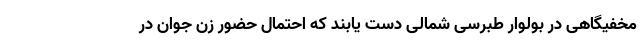
مخفیگاهی در بولوار طبرسی شمالی دست یابند که احتمال حضور زن جوان در